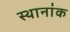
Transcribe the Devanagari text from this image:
स्थानांक